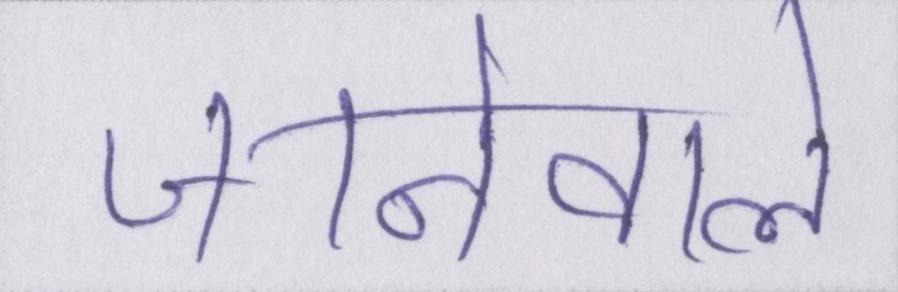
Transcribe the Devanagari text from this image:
जानेवाले